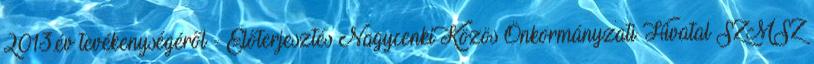
2013.év tevékenységéről - Előterjesztés Nagycenki Közös Önkormányzati Hivatal SZMSZ